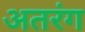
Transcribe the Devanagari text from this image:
अतरंग